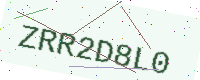
Text: ZRR2D8L0